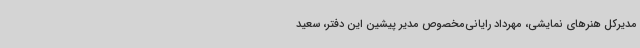
مدیرکل هنرهای نمایشی، مهرداد رایانی‌مخصوص مدیر پیشین این دفتر، سعید